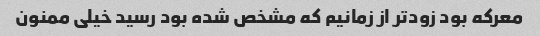
معرکه بود زودتر از زمانیم که مشخص شده بود رسید خیلی ممنون